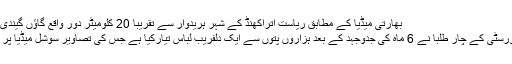
بھارتی میڈیا کے مطابق ریاست اتراکھنڈ کے شہر ہریدوار سے تقریباً 20 کلومیٹر دور واقع گاؤں گیندی کھاتا سے مزید پڑھیں
بیجنگ .: چین کی یونیورسٹی کے چار طلبا نے 6 ماہ کی جدوجہد کے بعد ہزاروں پتوں سے ایک دلفریب لباس تیارکیا ہے جس کی تصاویر سوشل میڈیا پر کافی مقبول ہورہی ہیں۔